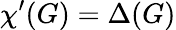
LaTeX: \chi^{\prime}(G)=\Delta(G)